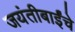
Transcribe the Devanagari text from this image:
जयंतीबाईंचे